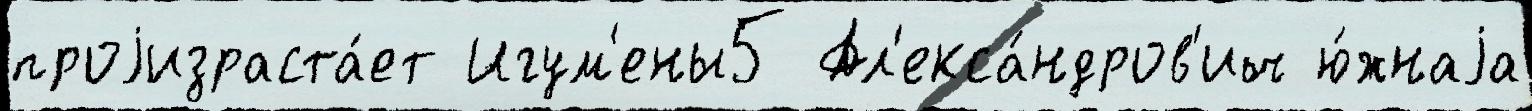
проjизраста́ет Игум'ены5 Ал'екса́ндров'ич ю́жнаjа